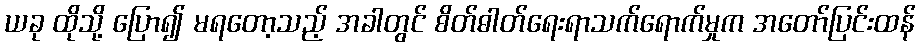
ယခု ထိုသို့ ပြော၍ မရတော့သည့် အခါတွင် စိတ်ဓါတ်ရေးရာသက်ရောက်မှုက အတော်ပြင်းထန်